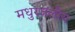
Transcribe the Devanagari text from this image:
मधुरजलीय